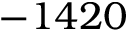
- 1 4 2 0